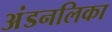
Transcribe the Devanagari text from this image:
अंडनलिका